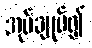
အုပ်ချုပ်၍